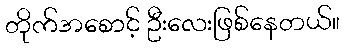
တိုက်အစောင့် ဦးလေးဖြစ်နေတယ်။